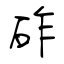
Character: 砟